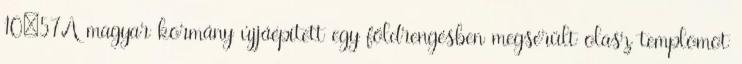
10:57A magyar kormány újjáépített egy földrengésben megsérült olasz templomot